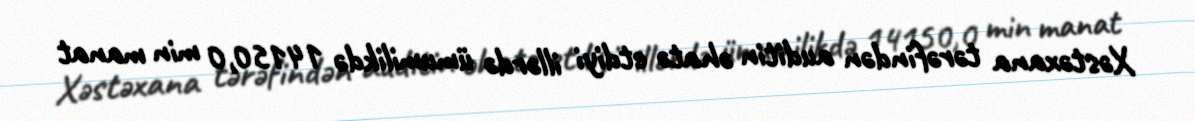
Xəstəxana tərəfindən auditin əhatə etdiyi illərdə ümumilikdə 14150,0 min manat